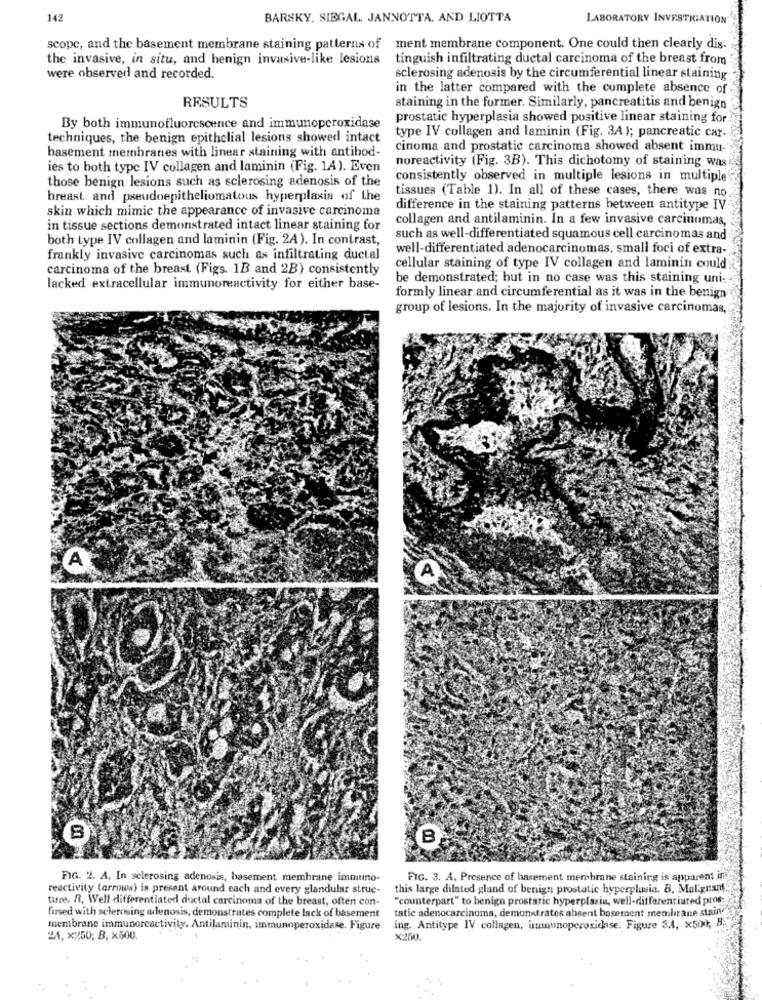
142
BARSKY, SIEGAL. JANNOTTA, AND LIOTTA
LABORATORY INVESTIGATION
scope, and the basement membrane staining patterns of
ment membrane component. One could then clearly dis.
the invasive, in situ, and benign invasive-like lesions
tinguish infiltrating ductal carcinoma of the breast from
were observed and recorded.
sclerosing adenosis by the circumferential linear staining
in the latter compared with the complete absence of
RESULTS
staining in the former. Similarly, pancreatitis and benign
prostatic hyperplasia showed positive linear staining for
By both immunofluorescence and immunoperoxidase
techniques, the benign epithelial lesions showed intact
type IV collagen and laminin (Fig. 3A); pancreatic Car-
basement membranes with linear staining with antibod-
cinoma and prostatic carcinoma showed absent immu-
noreactivity (Fig. 3B). This dichotomy of staining was
ies to both type IV collagen and laminin (Fig. 14). Even
those benign lesions such as sclerosing adenosis of the
consistently observed in multiple lesions in multiple
tissues (Table 1). In all of these cases, there was no
breast and pseudoepitheliomatous hyperplasia of the
skin which mimic the appearance of invasive carcinoma
difference in the staining patterns between antitype IV
collagen and antilaminin. In a few invasive carcinomas,
in tissue sections demonstrated intact linear staining for
both type IV collagen and laminin (Fig. 2A). In contrast,
such as well-differentiated squamous cell carcinomas and
well-differentiated adenocarcinomas, small foci of extra-
frankly invasive carcinomas such as infiltrating ductal
carcinoma of the breast (Figs. 1B and 2B) consistently
cellular staining of type IV collagen and laminin could
be demonstrated; but in no case was this staining uni-
lacked extracellular immunoreactivity for either base-
formly linear and circumferential as it was in the benign
group of lesions. In the majority of invasive carcinomas,
A
A
B
FIG. 2. A. In selerosing adenosis, basement membrane immuno-
FIG. 3. A. Presence of basement merobrane staining is apparent in
reactivity (arrows) in present around each and every glandular struc-
this large dilated gland of benign prostatic hyperplasia. B. Malignant
ture. R. Well -differentiated ductal carcinoma of the breast, often con-
"counterpart" to benign prostatic hyperplasia, well-differentiated pros
tatie adenocarcinoma, demonstrates absent basement membrane staind
fursed with sclerosing adenosis, demonstrates complete lack of basement
membrane immunoreactivity. Antilaminin, immunoperoxidase. Figure
ing. Antitype IV collagen, umnunoperoxidase. Figure 3.4, x500); B.
24. x250; B, x500.
X200.